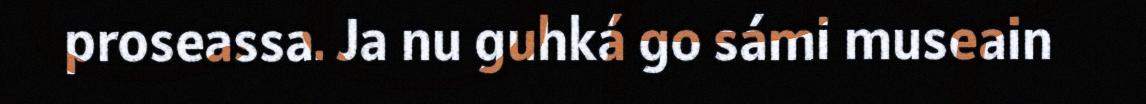
proseassa. Ja nu guhká go sámi museain